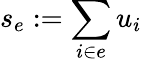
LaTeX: s_{e}:=\sum_{i\in e}u_{i}